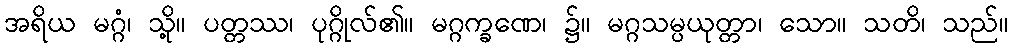
အရိယ မဂ္ဂံ၊ သို့။ ပတ္တဿ၊ ပုဂ္ဂိုလ်၏။ မဂ္ဂက္ခဏေ၊ ၌။ မဂ္ဂသမ္ပယုတ္တာ၊ သော။ သတိ၊ သည်။